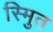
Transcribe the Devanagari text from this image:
स्मुित